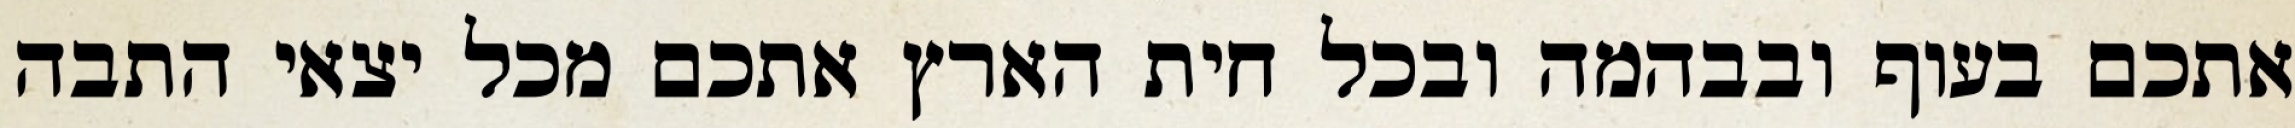
אתכם בעוף ובבהמה ובכל חית הארץ אתכם מכל יצאי התבה